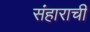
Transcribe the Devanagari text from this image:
संहाराची